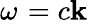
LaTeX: \omega_{}^{}=c\mathbf{k}